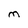
Character: m